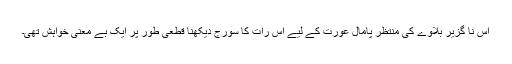
اس نا گزیر بلاوے کی منتظر پامال عورت کے لیے اس رات کا سورج دیکھنا قطعی طور پر ایک بے معنی خواہش تھی۔